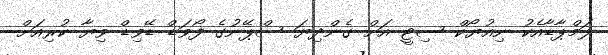
ލަމްޕާޑާއެކު ނިއުޔޯކް ސިޓީ އަށް ގެންދިޔަ ސްޕޭނުގެ ފޯވަޑް ޑޭވިޑް ވިޔާ ކުރިއަށް